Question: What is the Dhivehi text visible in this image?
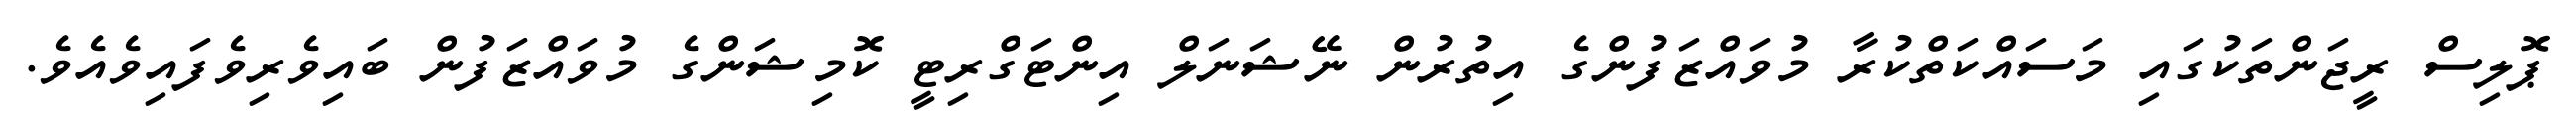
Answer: ޕޮލިސް ރީޖަންތަކުގައި މަސައްކަތްކުރާ މުވައްޒަފުންގެ އިތުރުން ނޭޝަނަލް އިންޓަގްރިޓީ ކޮމިޝަންގެ މުވައްޒަފުން ބައިވެރިވެފައިވެއެވެ.